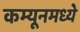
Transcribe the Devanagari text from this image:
कम्यूनमध्ये